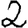
Digit: 2